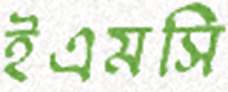
ইএমসি